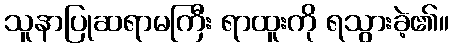
သူနာပြုဆရာမကြီး ရာထူးကို ရသွားခဲ့၏။